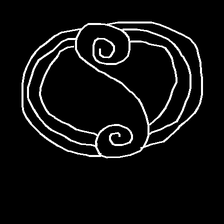
Glyph: wind-underfoot